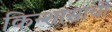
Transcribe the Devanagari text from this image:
किन्शासाची